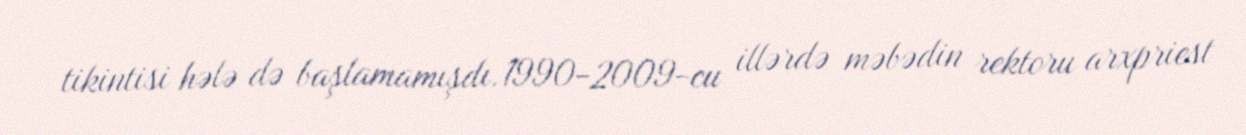
tikintisi hələ də başlamamışdı.1990-2009-cu illərdə məbədin rektoru arxpriest